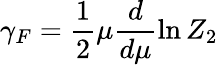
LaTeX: \gamma_{F}=\frac 12\mu\frac d{d\mu}\ln Z_{2}